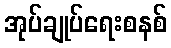
အုပ်ချုပ်ရေးစနစ်